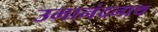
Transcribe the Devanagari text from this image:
उमानंदनाथ